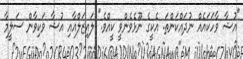
"އުޝާ ވާހަކައެއް ނުދައްކަންތަ. އެކީގެ ނޫޅެވެންވީ ކީއްވެ." ލައިޒަލްއާއި އުޝާ ވަކިވާން ސަލީމާ